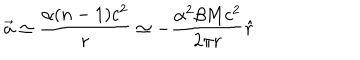
\vec { a } \simeq \frac { \alpha ( n - 1 ) c ^ { 2 } } { r } \simeq - \frac { \alpha ^ { 2 } \beta M c ^ { 2 } } { 2 \pi r } \hat { r }